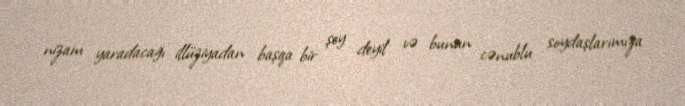
nizam yaradacağı illüziyadan başqa bir şey deyil və bunun cənublu soydaşlarımıza